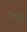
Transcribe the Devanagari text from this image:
रेणूत